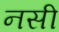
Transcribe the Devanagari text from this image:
नसी